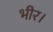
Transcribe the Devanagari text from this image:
भीर।